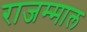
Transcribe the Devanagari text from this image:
राजम्माल